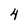
Character: 4